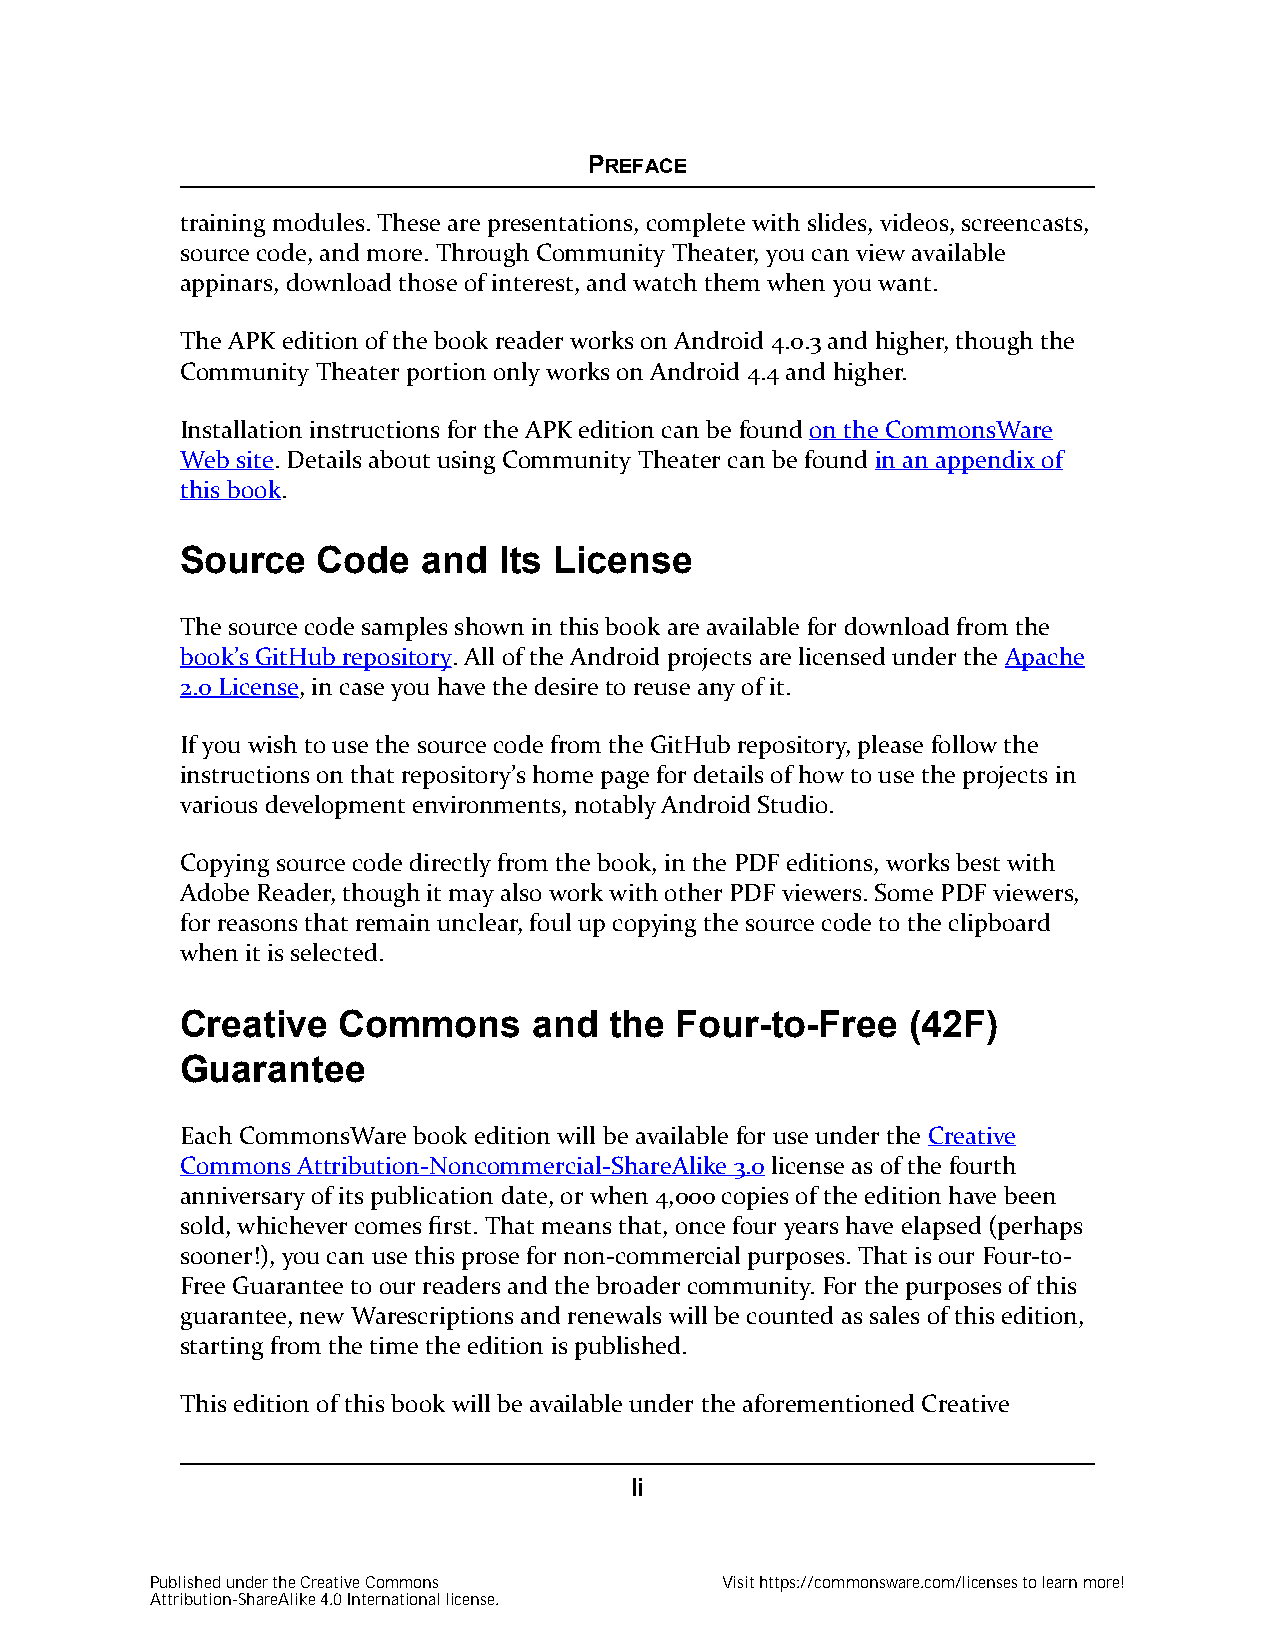
PREFACE
 training modules. These are presentations, complete with slides, videos, screencasts,
 source code, and more. Through Community Theater, you can view available
 appinars, download those of interest, and watch them when you want.
 The APK edition of the book reader works on Android 4.0.3 and higher, though the
 Community Theater portion only works on Android 4.4 and higher.
 Installation instructions for the APK edition can be found on the CommonsWare
 Web site. Details about using Community Theater can be found in an appendix of
 this book.
 Source   Code   and  Its License
 The source code samples shown in this book are available for download from the
 book’s GitHub repository. All of the Android projects are licensed under the Apache
 2.0 License, in case you have the desire to reuse any of it.
 If you wish to use the source code from the GitHub repository, please follow the
 instructions on that repository’s home page for details of how to use the projects in
 various development environments, notably Android Studio.
 Copying source code directly from the book, in the PDF editions, works best with
 Adobe Reader, though it may also work with other PDF viewers. Some PDF viewers,
 for reasons that remain unclear, foul up copying the source code to the clipboard
 when it is selected.
 Creative  Commons      and  the  Four-to-Free   (42F)
 Guarantee
 Each CommonsWare book edition will be available for use under the Creative
 Commons Attribution-Noncommercial-ShareAlike 3.0 license as of the fourth
 anniversary of its publication date, or when 4,000 copies of the edition have been
 sold, whichever comes first. That means that, once four years have elapsed (perhaps
 sooner!), you can use this prose for non-commercial purposes. That is our Four-to-
 Free Guarantee to our readers and the broader community. For the purposes of this
 guarantee, new Warescriptions and renewals will be counted as sales of this edition,
 starting from the time the edition is published.
 This edition of this book will be available under the aforementioned Creative
 li
 Published under the Creative Commons  Visit https://commonsware.com/licenses to learn more!
 Attribution-ShareAlike 4.0 International license.